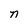
Character: n